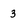
Character: 3